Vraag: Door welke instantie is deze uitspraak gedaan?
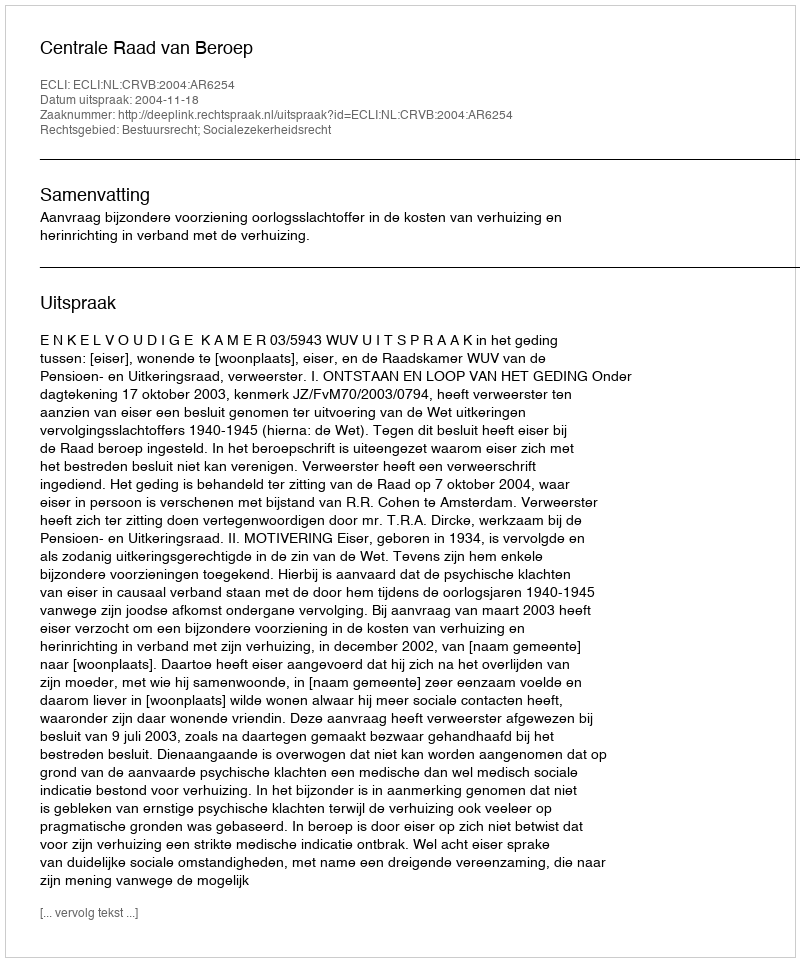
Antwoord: Centrale Raad van Beroep